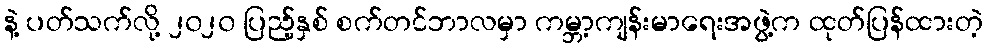
နဲ့ ပတ်သက်လို့ ၂၀၂၀ ပြည့်နှစ် စက်တင်ဘာလမှာ ကမ္ဘာ့ကျန်းမာရေးအဖွဲ့က ထုတ်ပြန်ထားတဲ့